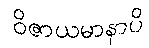
ဝိဇာယမာနာပိ